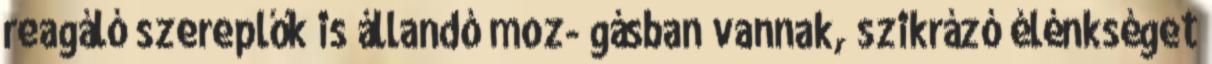
reagáló szereplők is állandó moz- gásban vannak, szikrázó élénkséget